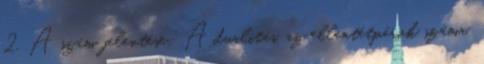
2. A szám jelentése: A dualitás, az ellentétpárok száma.